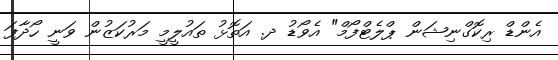
އެންޑް ރިކޮގްނިޝަން ޕްލެޓްފޯމް" އެވޯޑު ދ. އަތޮޅު ތައުލީމީ މަރުކަޒުން ވަނީ ހޯދާފަ